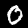
Digit: 0